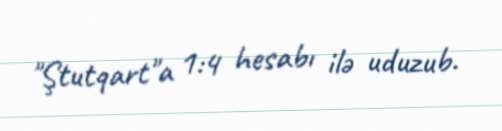
"Ştutqart"a 1:4 hesabı ilə uduzub.